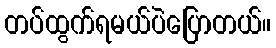
တပ်ထွက်ရမယ်ပဲပြောတယ်။